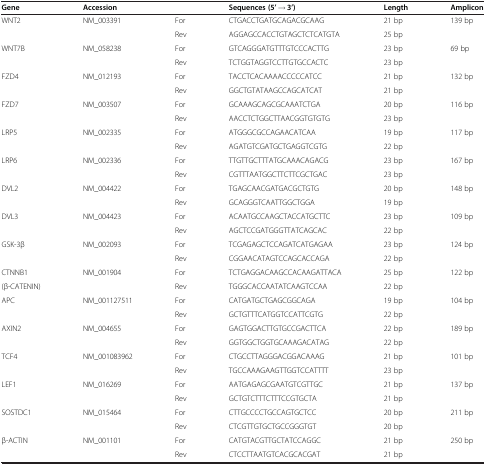
<table><thead><tr><td><b>Gene</b></td><td><b>Accession</b></td><td><b> </b></td><td><b>Sequences (5’ → 3’)</b></td><td><b>Length</b></td><td><b>Amplicon</b></td></tr></thead><tbody><tr><td>WNT2</td><td>NM_003391</td><td>For</td><td>CTGACCTGATGCAGACGCAAG</td><td>21 bp</td><td>139 bp</td></tr><tr><td> </td><td> </td><td>Rev</td><td>AGGAGCCACCTGTAGCTCTCATGTA</td><td>25 bp</td><td> </td></tr><tr><td>WNT7B</td><td>NM_058238</td><td>For</td><td>GTCAGGGATGTTTGTCCCACTTG</td><td>23 bp</td><td>69 bp</td></tr><tr><td> </td><td> </td><td>Rev</td><td>TCTGGTAGGTCCTTGTGCCACTC</td><td>23 bp</td><td> </td></tr><tr><td>FZD4</td><td>NM_012193</td><td>For</td><td>TACCTCACAAAACCCCCATCC</td><td>21 bp</td><td>132 bp</td></tr><tr><td> </td><td> </td><td>Rev</td><td>GGCTGTATAAGCCAGCATCAT</td><td>21 bp</td><td> </td></tr><tr><td>FZD7</td><td>NM_003507</td><td>For</td><td>GCAAAGCAGCGCAAATCTGA</td><td>20 bp</td><td>116 bp</td></tr><tr><td> </td><td> </td><td>Rev</td><td>AACCTCTGGCTTAACGGTGTGTG</td><td>23 bp</td><td> </td></tr><tr><td>LRP5</td><td>NM_002335</td><td>For</td><td>ATGGGCGCCAGAACATCAA</td><td>19 bp</td><td>117 bp</td></tr><tr><td> </td><td> </td><td>Rev</td><td>AGATGTCGATGCTGAGGTCGTG</td><td>22 bp</td><td> </td></tr><tr><td>LRP6</td><td>NM_002336</td><td>For</td><td>TTGTTGCTTTATGCAAACAGACG</td><td>23 bp</td><td>167 bp</td></tr><tr><td> </td><td> </td><td>Rev</td><td>CGTTTAATGGCTTCTTCGCTGAC</td><td>23 bp</td><td> </td></tr><tr><td>DVL2</td><td>NM_004422</td><td>For</td><td>TGAGCAACGATGACGCTGTG</td><td>20 bp</td><td>148 bp</td></tr><tr><td> </td><td> </td><td>Rev</td><td>GCAGGGTCAATTGGCTGGA</td><td>19 bp</td><td> </td></tr><tr><td>DVL3</td><td>NM_004423</td><td>For</td><td>ACAATGCCAAGCTACCATGCTTC</td><td>23 bp</td><td>109 bp</td></tr><tr><td> </td><td> </td><td>Rev</td><td>AGCTCCGATGGGTTATCAGCAC</td><td>22 bp</td><td> </td></tr><tr><td>GSK-3β</td><td>NM_002093</td><td>For</td><td>TCGAGAGCTCCAGATCATGAGAA</td><td>23 bp</td><td>124 bp</td></tr><tr><td> </td><td> </td><td>Rev</td><td>CGGAACATAGTCCAGCACCAGA</td><td>22 bp</td><td> </td></tr><tr><td>CTNNB1</td><td>NM_001904</td><td>For</td><td>TCTGAGGACAAGCCACAAGATTACA</td><td>25 bp</td><td>122 bp</td></tr><tr><td>(β-CATENIN)</td><td> </td><td>Rev</td><td>TGGGCACCAATATCAAGTCCAA</td><td>22 bp</td><td> </td></tr><tr><td>APC</td><td>NM_001127511</td><td>For</td><td>CATGATGCTGAGCGGCAGA</td><td>19 bp</td><td>104 bp</td></tr><tr><td> </td><td> </td><td>Rev</td><td>GCTGTTTCATGGTCCATTCGTG</td><td>22 bp</td><td> </td></tr><tr><td>AXIN2</td><td>NM_004655</td><td>For</td><td>GAGTGGACTTGTGCCGACTTCA</td><td>22 bp</td><td>189 bp</td></tr><tr><td> </td><td> </td><td>Rev</td><td>GGTGGCTGGTGCAAAGACATAG</td><td>22 bp</td><td> </td></tr><tr><td>TCF4</td><td>NM_001083962</td><td>For</td><td>CTGCCTTAGGGACGGACAAAG</td><td>21 bp</td><td>101 bp</td></tr><tr><td> </td><td> </td><td>Rev</td><td>TGCCAAAGAAGTTGGTCCATTTT</td><td>23 bp</td><td> </td></tr><tr><td>LEF1</td><td>NM_016269</td><td>For</td><td>AATGAGAGCGAATGTCGTTGC</td><td>21 bp</td><td>137 bp</td></tr><tr><td> </td><td> </td><td>Rev</td><td>GCTGTCTTTCTTTCCGTGCTA</td><td>21 bp</td><td> </td></tr><tr><td>SOSTDC1</td><td>NM_015464</td><td>For</td><td>CTTGCCCCTGCCAGTGCTCC</td><td>20 bp</td><td>211 bp</td></tr><tr><td> </td><td> </td><td>Rev</td><td>CTCGTTGTGCTGCCGGGTGT</td><td>20 bp</td><td> </td></tr><tr><td>β-ACTIN</td><td>NM_001101</td><td>For</td><td>CATGTACGTTGCTATCCAGGC</td><td>21 bp</td><td>250 bp</td></tr><tr><td> </td><td> </td><td>Rev</td><td>CTCCTTAATGTCACGCACGAT</td><td>21 bp</td><td> </td></tr></tbody></table>